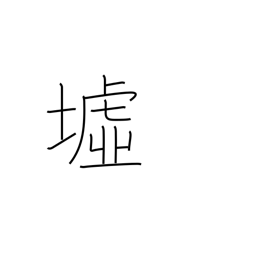
Meaning: ruins